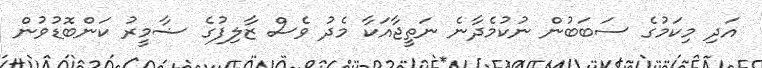
އަދި މިކަމުގެ ސަބަބުން ނުކުމެދާނެ ނަތީޖާއަކާ މެދު ވެސް ޒާލިފުގެ ޟާމީރު ކަންބޮޑުވުން